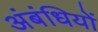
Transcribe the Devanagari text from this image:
अंबंधियों